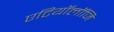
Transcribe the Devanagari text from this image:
एटियॉलॉजि